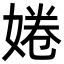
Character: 婘